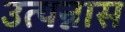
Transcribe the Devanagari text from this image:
उत्पन्नास